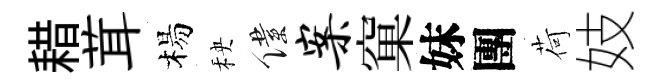
耤茸楊秧僕案窠妹團荷妓